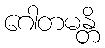
ဂေါတမန္တိ